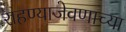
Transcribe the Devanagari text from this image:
राहण्याजेवणाच्या